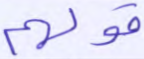
قولهم